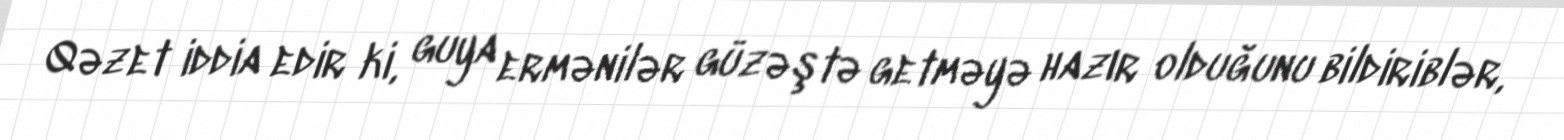
Qəzet iddia edir ki, guya ermənilər güzəştə getməyə hazır olduğunu bildiriblər,